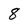
Character: 8